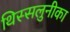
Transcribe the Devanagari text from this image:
थिस्सलुनीका